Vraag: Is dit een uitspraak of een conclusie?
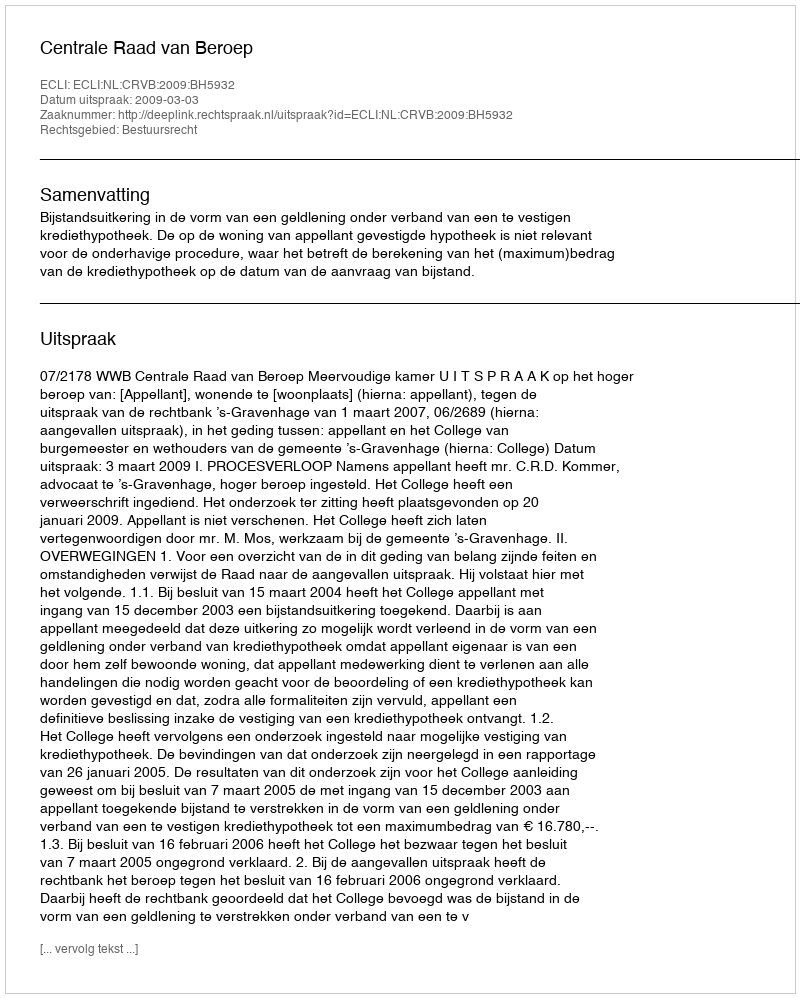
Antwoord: Uitspraak